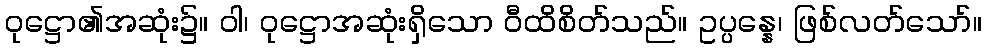
ဝုဋ္ဌော၏အဆုံး၌။ ဝါ၊ ဝုဋ္ဌောအဆုံးရှိသော ဝီထိစိတ်သည်။ ဥပ္ပန္နေ၊ ဖြစ်လတ်သော်။